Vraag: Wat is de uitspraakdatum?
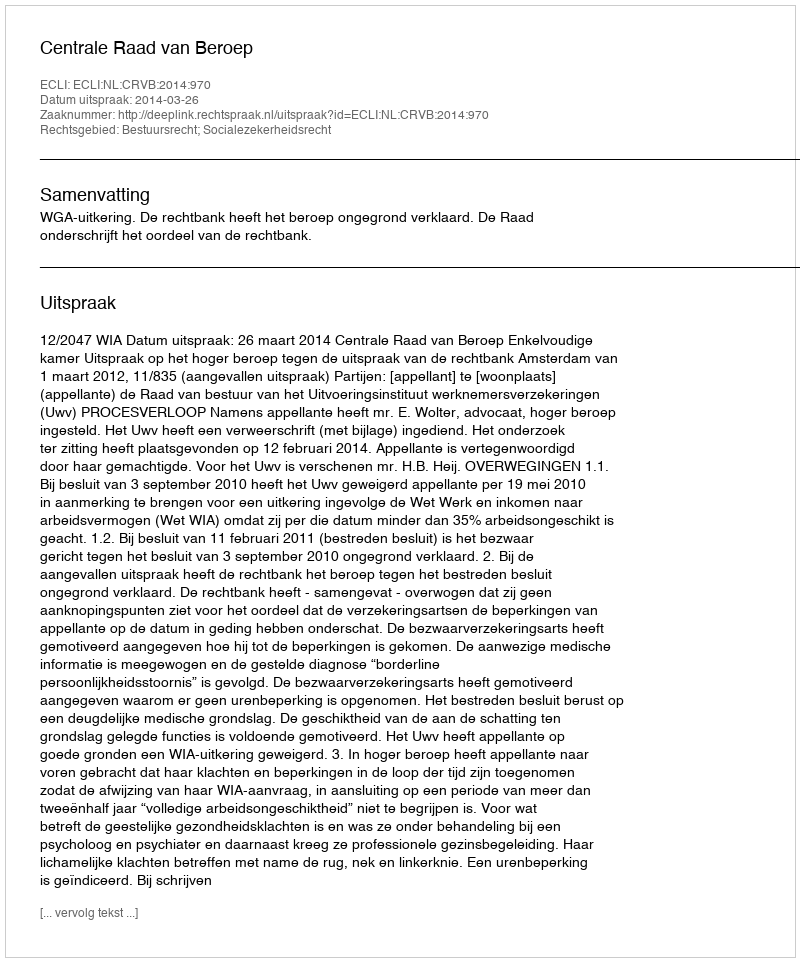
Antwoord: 2014-03-26